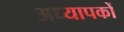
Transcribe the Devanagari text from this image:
अध्‍यापकों